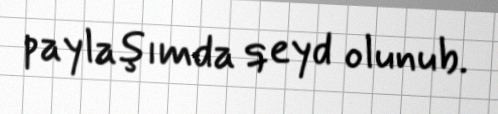
paylaşımda qeyd olunub.